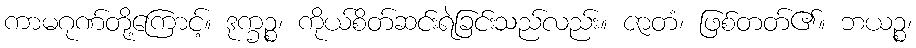
ကာမဂုဏ်တို့ကြောင့်။ ဒုက္ခဉ္စ၊ ကိုယ်စိတ်ဆင်းရဲခြင်းသည်လည်း။ ဇာတံ၊ ဖြစ်တတ်၏။ ဘယဉ္စ၊